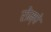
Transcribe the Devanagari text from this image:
रोम्पे